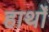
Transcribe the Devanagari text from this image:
हार्थों